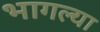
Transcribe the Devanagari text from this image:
भागल्या